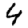
Digit: 4